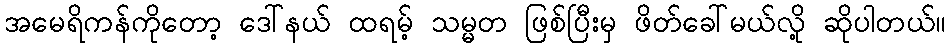
အမေရိကန်ကိုတော့ ဒေါ်နယ် ထရမ့် သမ္မတ ဖြစ်ပြီးမှ ဖိတ်ခေါ်မယ်လို့ ဆိုပါတယ်။